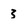
Character: 3